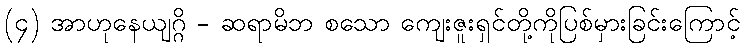
(၄) အာဟုနေယျဂ္ဂိ - ဆရာမိဘ စသော ကျေးဇူးရှင်တို့ကိုပြစ်မှားခြင်းကြောင့်